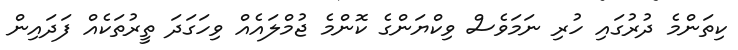
ކިތަންމެ ދުރުގައި ހުރި ނަމަވެސް ވިކްޔަންގެ ކޮންމެ ޖުމްލައެއް ވިހަގަދަ ތީރުތަކެއް ފަދައިން